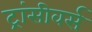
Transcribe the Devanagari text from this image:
ट्रांसीवर्स